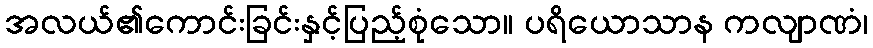
အလယ်၏ကောင်းခြင်းနှင့်ပြည့်စုံသော။ ပရိယောသာန ကလျာဏံ၊